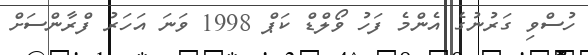
ހުސްވި ގަރުނުގެ އެންމެ ފަހު ވޯލްޑް ކަޕް 1998 ވަނަ އަހަރު ފްރާންސަށް